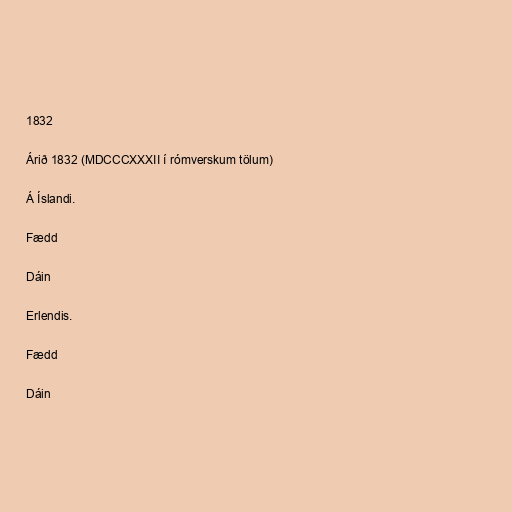
1832

Árið 1832 (MDCCCXXXII í rómverskum tölum)

Á Íslandi.

Fædd

Dáin

Erlendis.

Fædd

Dáin